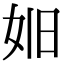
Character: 𪥮